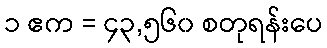
၁ ဧက = ၄၃,၅၆၀ စတုရန်းပေ